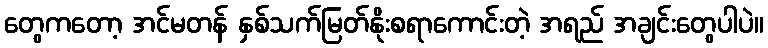
တွေကတော့ အင်မတန် နှစ်သက်မြတ်နိုးစရာကောင်းတဲ့ အရည် အချင်းတွေပါပဲ။